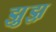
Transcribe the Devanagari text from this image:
झ़ुझ़